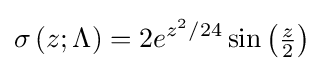
\operatorname {\sigma } {(z;\Lambda )}=2e^{z^{2}/24}\sin {\left({\tfrac {z}{2}}\right)}